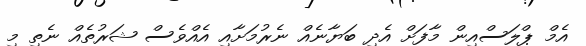
އެމް ޕްލަސްއިން މާފަށް އެދި ބަޔާނެއް ނެރުމަށާއި އެއްވެސް ޝަރުތެއް ނެތި މި